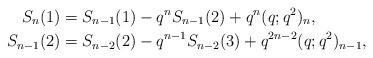
LaTeX: \begin{align*}S_n(1)&=S_{n-1}(1) -q^n S_{n-1}(2) +q^n (q;q^2)_n, \\S_{n-1}(2)&=S_{n-2}(2) -q^{n-1} S_{n-2}(3) +q^{2n-2} (q;q^2)_{n-1}, \end{align*}